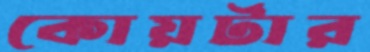
কোয়র্টার